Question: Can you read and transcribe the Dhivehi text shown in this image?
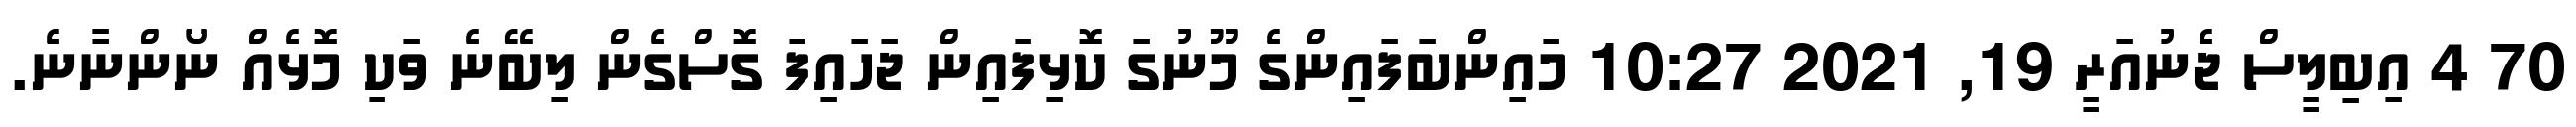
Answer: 70 4 އިބިލީސް ޖެނުއަރީ 19, 2021 10:27 މައިންބަފައިންގެ މޫނުގަ ކޮޅިފައިން ޖަހައިފަ ގޮސްގެން ލިބޭނެ ވަކި މޮޅެއް ނޯންނާނެ.